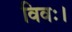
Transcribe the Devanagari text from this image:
विवः।